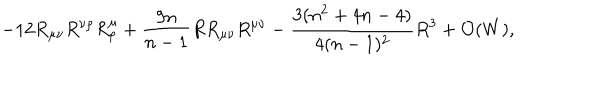
LaTeX: - 1 2 R _ { \mu \nu } R ^ { \nu \rho } R _ { \rho } ^ { \mu } + { \frac { 9 n } { n - 1 } } R R _ { \mu \nu } R ^ { \mu \nu } - { \frac { 3 ( n ^ { 2 } + 4 n - 4 ) } { 4 ( n - 1 ) ^ { 2 } } } R ^ { 3 } + { \cal O } ( W ) ,